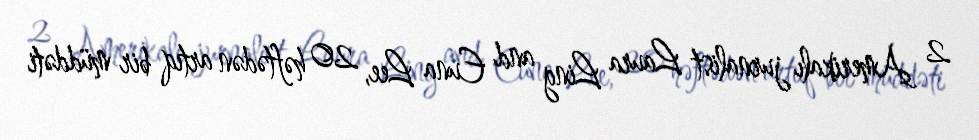
2 Amerikalı jurnalist Laura Ling and Euna Lee, 20 həftədən artıq bir müddəti